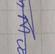
Signature authenticity: forged